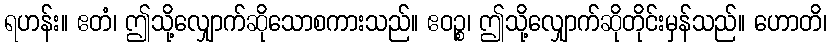
ရဟန်း။ ဧတံ၊ ဤသို့လျှောက်ဆိုသောစကားသည်။ ဧဝဉ္စ၊ ဤသို့လျှောက်ဆိုတိုင်းမှန်သည်။ ဟောတိ၊